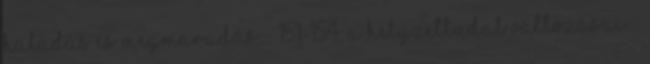
Haladás és megmaradás. – 151-154; A helyzettudat változásai. –